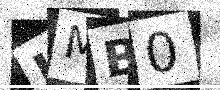
Text: UMB0